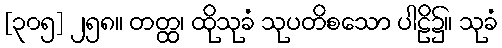
[၃၀၅] ၂၅၈။ တတ္ထ၊ ထိုသုခံ သုပတိစသော ပါဠိ၌။ သုခံ